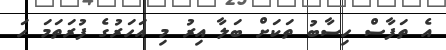
އެ ތަފާސް ހިސާބު ތަކަށް ބަލާ އިރު މި އަހަރުގެ ފުރަތަމަ ހަ